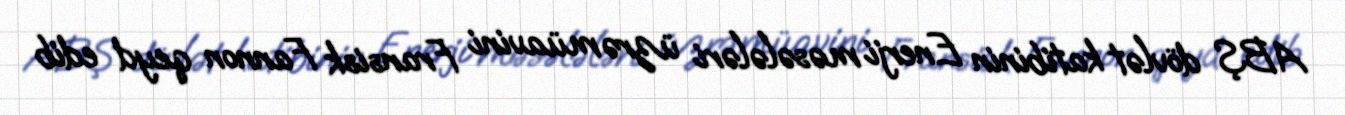
ABŞ dövlət katibinin Enerji məsələləri üzrə müavini Fransisk Fannon qeyd edib